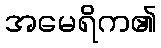
အမေရိက၏